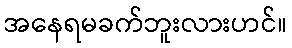
အနေရမခက်ဘူးလားဟင်။